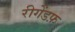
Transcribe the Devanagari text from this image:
रीगेंडफ़